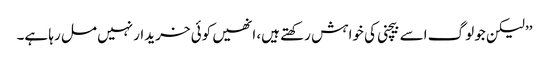
’’لیکن جو لوگ اسے بیچنی کی خواہش رکھتے ہیں، انھیں کوئی خریدار نہیں مل رہا ہے۔